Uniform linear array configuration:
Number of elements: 64
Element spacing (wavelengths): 0.5
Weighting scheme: blackman
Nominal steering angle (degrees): -15
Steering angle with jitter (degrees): -14.612
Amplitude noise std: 0.05
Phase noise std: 0.05

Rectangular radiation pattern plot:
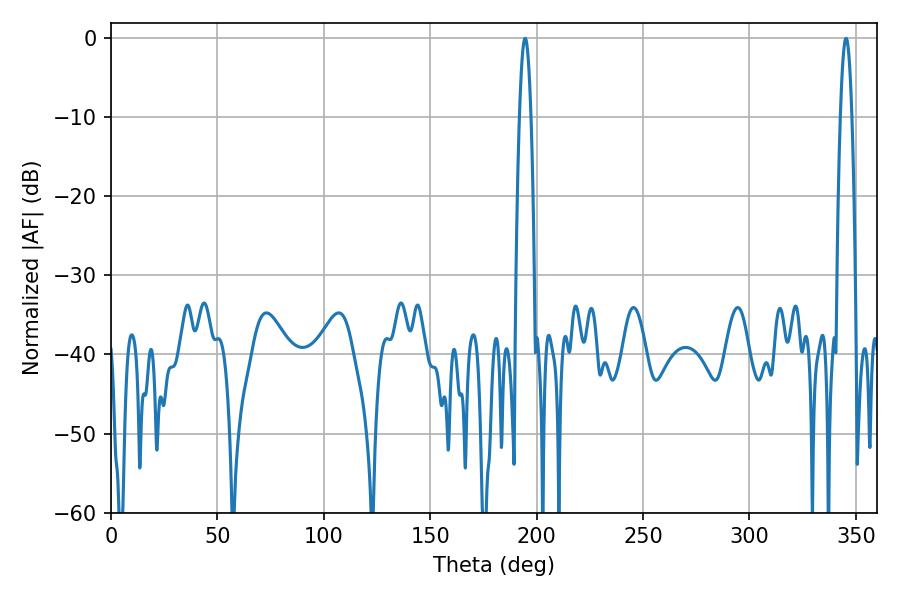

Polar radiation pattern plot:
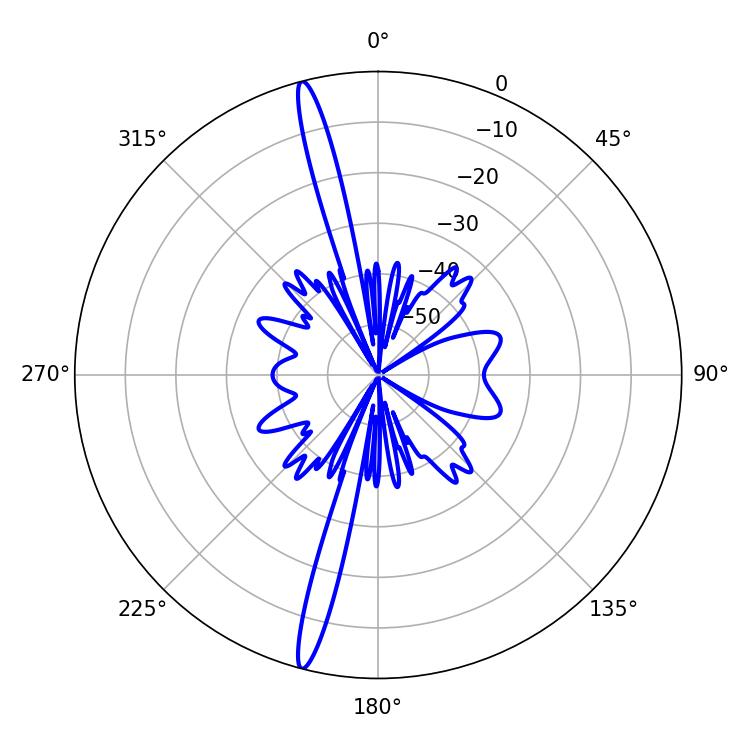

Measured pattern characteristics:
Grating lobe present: FALSE
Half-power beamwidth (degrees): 2.88
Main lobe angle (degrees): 194.58